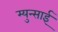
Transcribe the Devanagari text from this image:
म्युन्साई